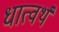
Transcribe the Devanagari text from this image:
धात्वर्थं